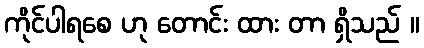
ကိုင်ပါရစေ ဟု တောင်း ထား တာ ရှိသည် ။